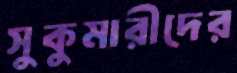
সুকুমারীদের